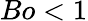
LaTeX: Bo<1